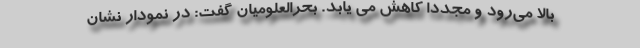
بالا می‌رود و مجددا کاهش می یابد. بحرالعلومیان گفت: در نمودار نشان